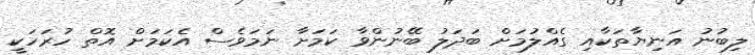
ލިބުނު އަނިޔާތަކާއި ގެއްލުމަށް ބަދަލު ބޭނުންވާ ކަމަށާ ނަމަވެސް އެކަމަށް އޮތް ހުރަހަކީ